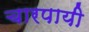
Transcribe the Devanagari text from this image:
चारपायी